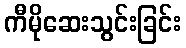
ကီမိုဆေးသွင်းခြင်း